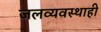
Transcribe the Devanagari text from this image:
जलव्यवस्थाही